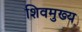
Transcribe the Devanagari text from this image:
शिवमुख्य